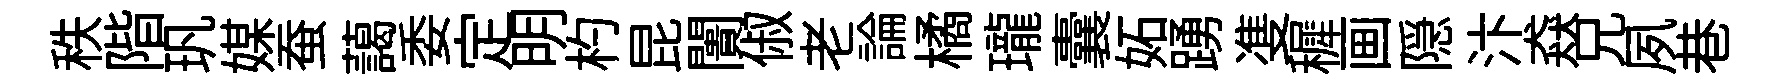
秩階㺬媒蚕藹委定明杓昆闠俶老論橘瓏囊妬踴㕠穉画隠汴猋兄夙巷